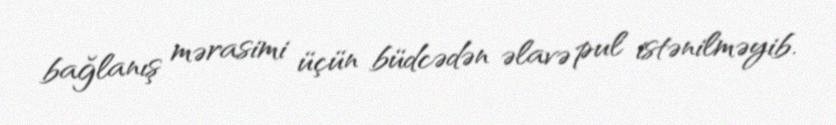
bağlanış mərasimi üçün büdcədən əlavə pul istənilməyib.